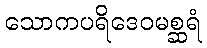
သောကပရိဒေဝမစ္ဆရံ